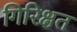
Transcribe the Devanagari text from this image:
गिरिक्षत